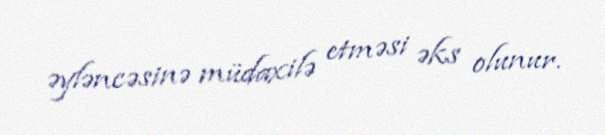
əyləncəsinə müdaxilə etməsi əks olunur.